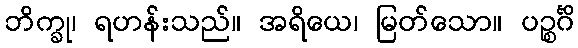
ဘိက္ခု၊ ရဟန်းသည်။ အရိယေ၊ မြတ်သော။ ပဉ္စင်္ဂိ